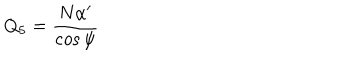
Q _ { 5 } = \frac { N \alpha ^ { \prime } } { \cos \psi }